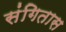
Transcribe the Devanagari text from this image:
संगितास